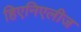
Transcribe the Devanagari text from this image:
हिएनिएलीज